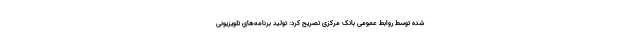
شده توسط روابط عمومی بانک مرکزی تصریح کرد: تولید برنامه‌های تلویزیونی